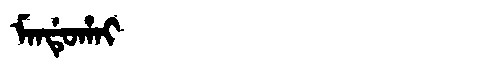
Manchu: ᠮᠠᠨᡩᡠᡥᠠᡳ
Romanization: MANDUHAI